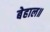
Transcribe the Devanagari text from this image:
बेहाल॥